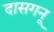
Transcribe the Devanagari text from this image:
दासगनू